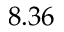
8 . 3 6